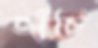
ভাঁচি